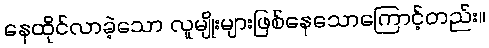
နေထိုင်လာခဲ့သော လူမျိုးများဖြစ်နေသောကြောင့်တည်း။